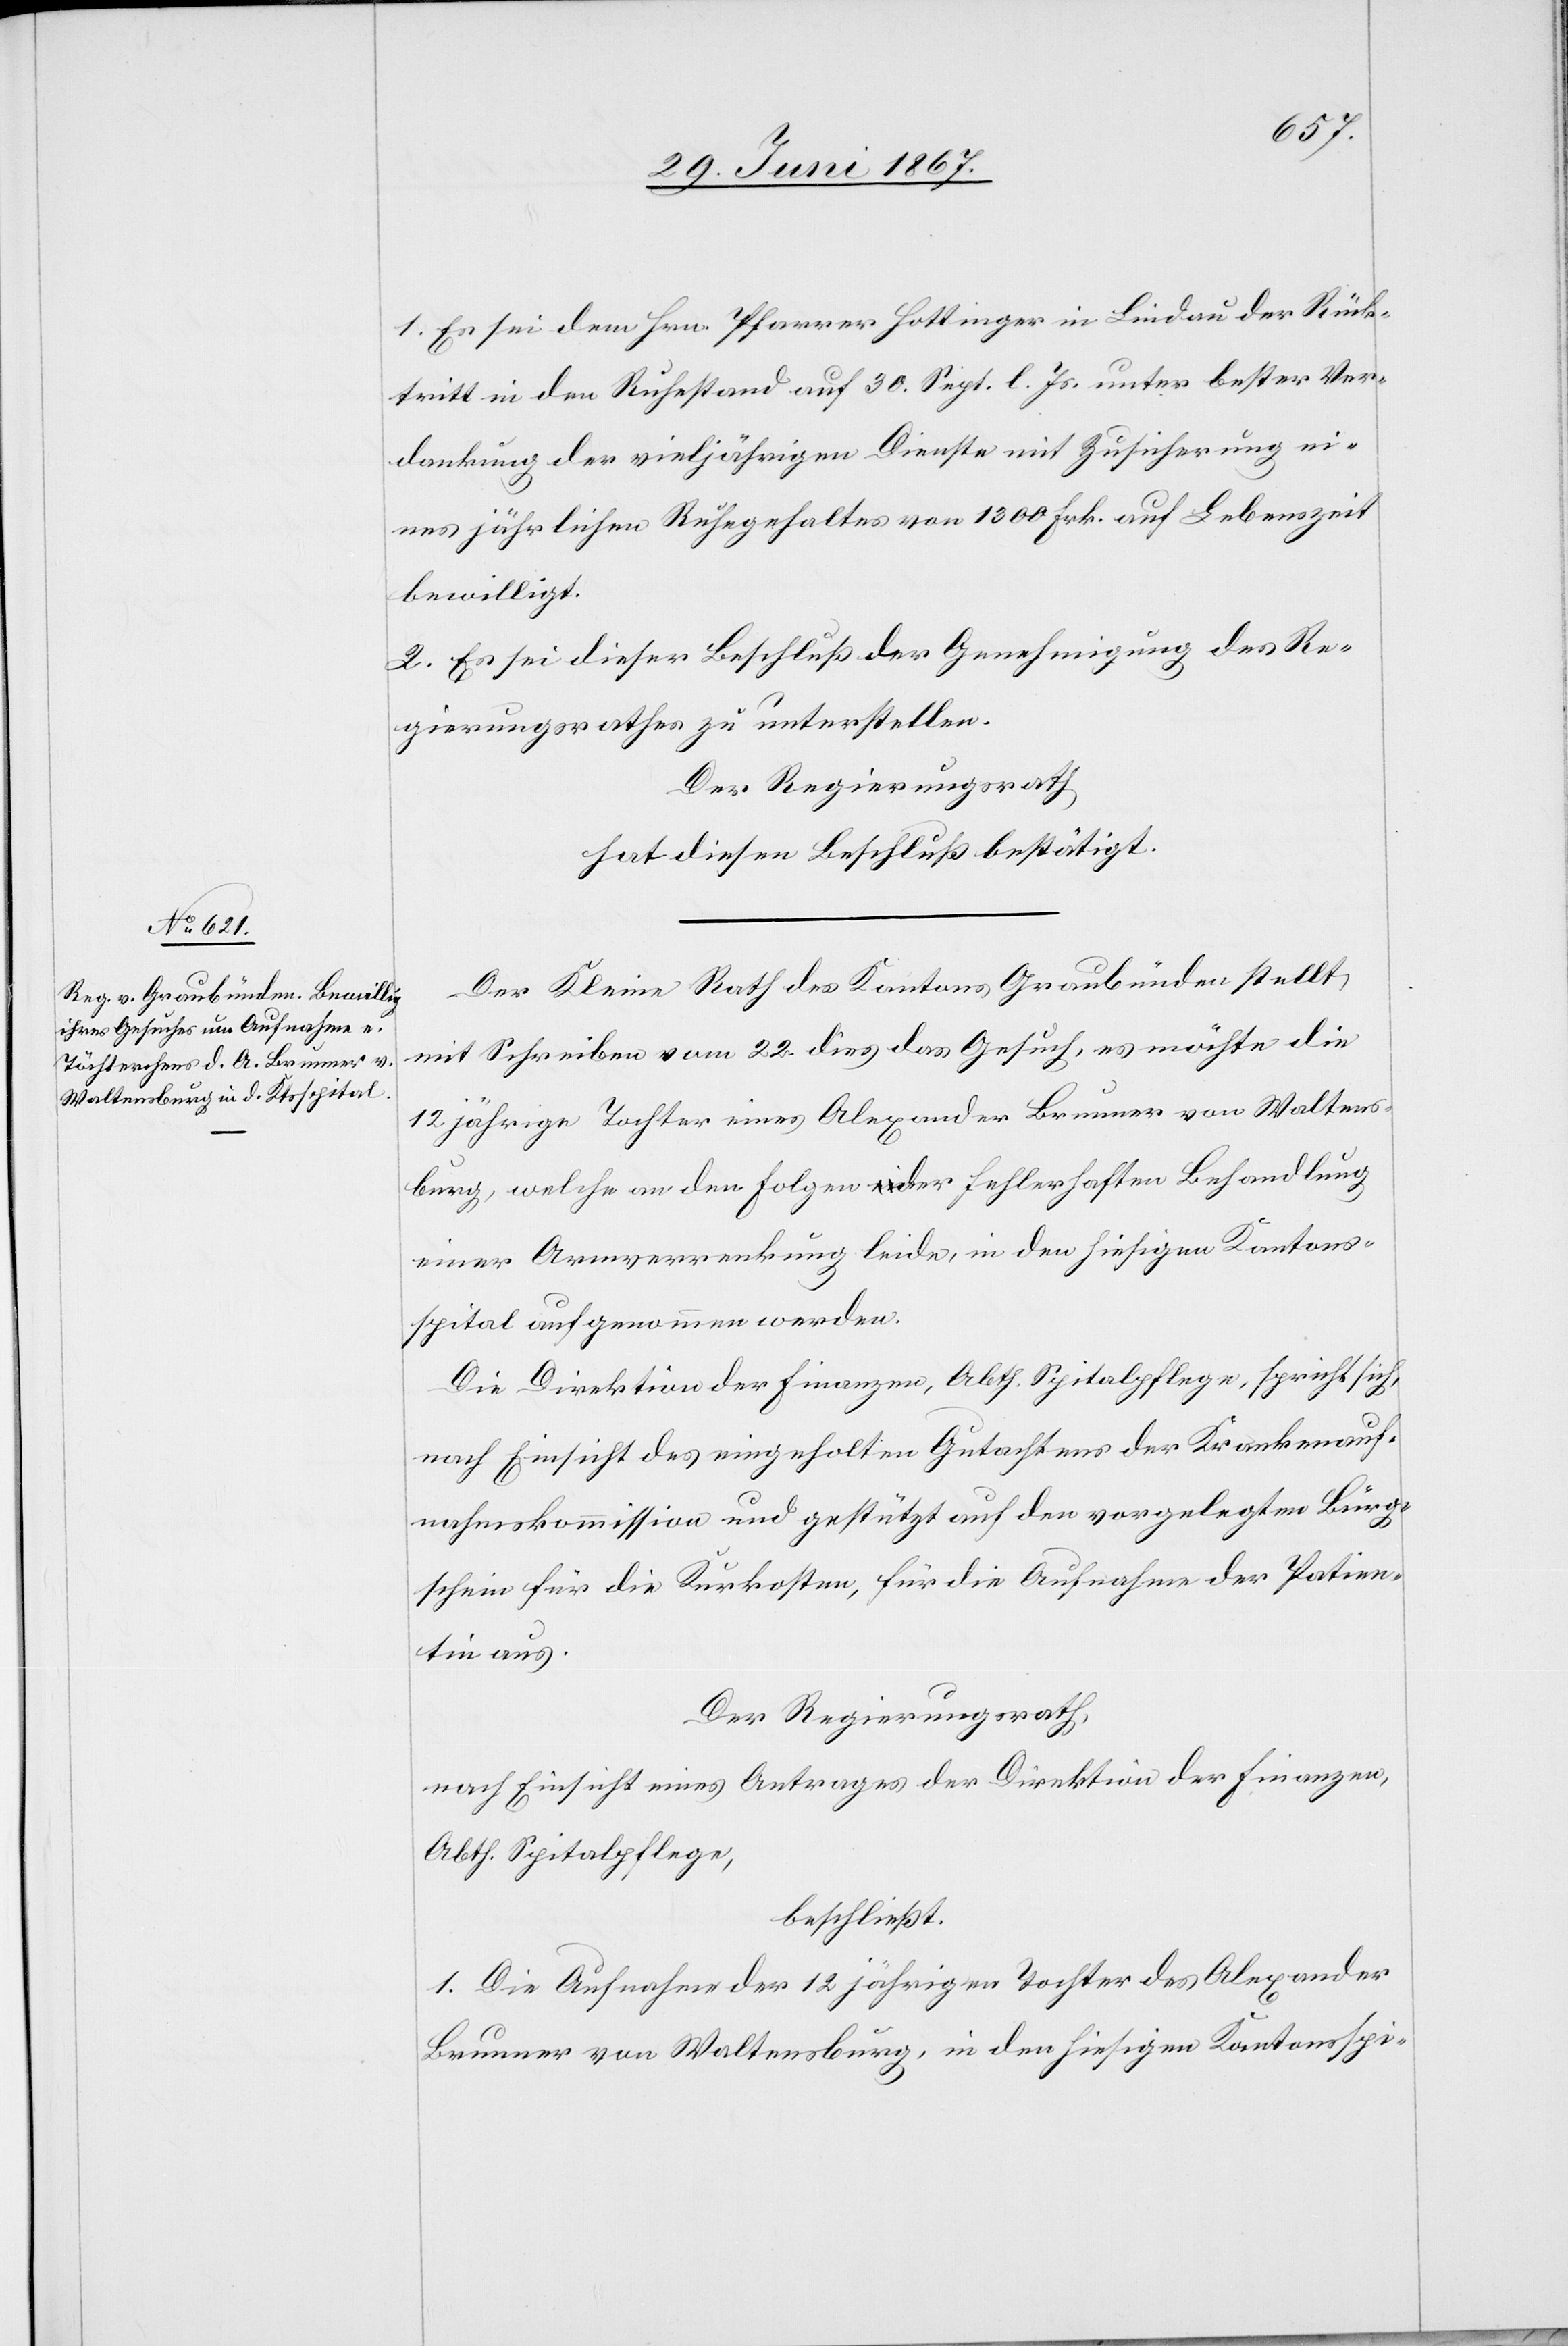
1. Es sei dem Hrn. Pfarrer Hottinger in Lindau der Rück¬
tritt in den Ruhestand auf 30 Sept. l. Js. unter bester Ver¬
dankung der vieljährigen Dienste mit Zusicherung ei¬
nes jährlichen Ruhegehaltes von 1300 Frk. auf Lebenszeit
bewilligt.
2. Es sei dieser Beschluß der Genehmigung des Re¬
gierungsrathes zu unterstellen.
Der Regierungsrath,
hat diesen Beschluß bestätigt.
Der Kleine Rath des Kantons Graubünden stellt
mit Schreiben vom 22. dies das Gesuch, es möchte die
12 jährige Tochter eines Alexander Brunner von Waltens¬
burg, welche an den Folgen der fehlerhaften Behandlung
einer Armeverrenkung leide, in den hiesigen Kantons¬
spital aufgenommen werden.
Die Direktion der Finanzen, Abth. Spitalpflege, spricht sich
nach Einsicht des eingeholten Gutachtens der Krankenauf¬
nahmskommission und gestützt den vorgelegten Bürg¬
schein für die Kurkosten, für die Aufnahme der Patien¬
tin aus.
Der Regierungsrath,
nach Einsicht eines Antrages der Direktion der Finanzen,
Abth. Spitalpflege,
beschließt:
1. Die Aufnahme der 12 jährigen Tochter des Alexander
Brunner von Waltensburg, in den hiesigen Kantonsspi-